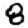
Digit: 8